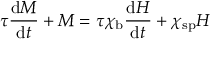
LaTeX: \tau { \frac { \mathrm { d } M } { \mathrm { d } t } } + M = \tau \chi _ { \mathrm { b } } { \frac { \mathrm { d } H } { \mathrm { d } t } } + \chi _ { \mathrm { s p } } H